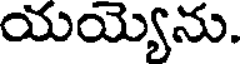
యయ్యెను.